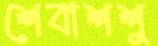
শেবাশশু